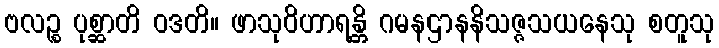
ဗလဉ္စ ပုစ္ဆာတိ ဝဒတိ။ ဖာသုဝိဟာရန္တိ ဂမနဌာနနိသဇ္ဇသယနေသု စတူသု